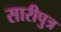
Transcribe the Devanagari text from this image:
सारीपुत्र